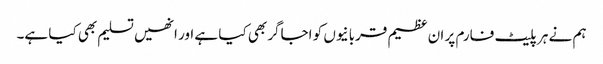
ہم نے ہر پلیٹ فارم پر ان عظیم قربانیوں کو اجاگر بھی کیا ہے اور انھیں تسلیم بھی کیا ہے۔